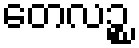
တေလဉ္စ